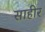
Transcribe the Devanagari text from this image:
साहीर